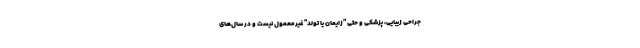
جراحی زیبایی، پزشکی و حتی "زایمان یا تولد" غیرمعمول نیست و در سال‌های